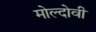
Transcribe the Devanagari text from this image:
मोल्दोवी